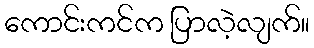
ကောင်းကင်က ပြာလဲ့လျက်။